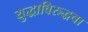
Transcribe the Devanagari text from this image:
युद्धाविरुद्धचा